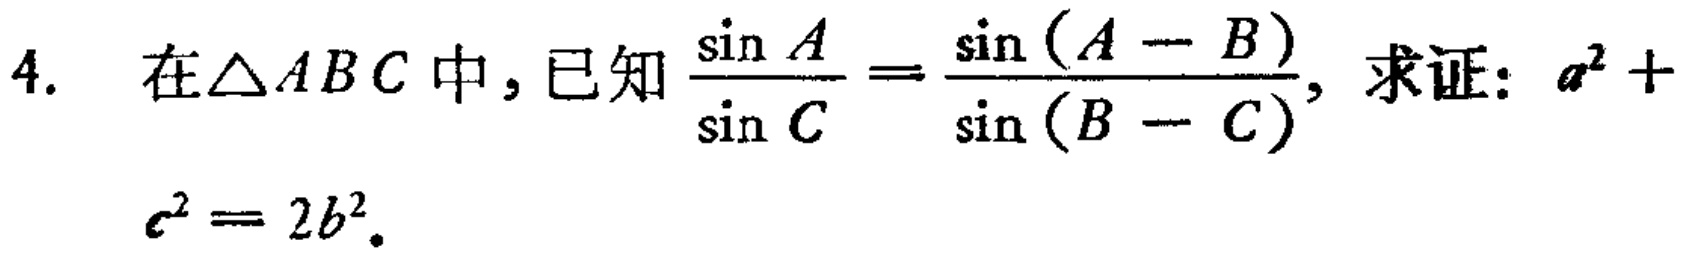
4. 在$\triangle ABC$中，已知$\frac{\sin A}{\sin C}=\frac{\sin (A - B)}{\sin (B - C)}$，求证：$a^{2}+c^{2}=2b^{2}$。